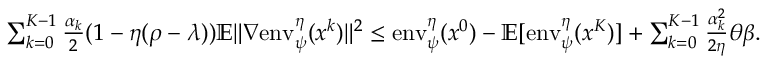
\begin{array} { r } { \sum _ { k = 0 } ^ { K - 1 } \frac { \alpha _ { k } } { 2 } ( 1 - \eta ( \rho - \lambda ) ) \mathbb { E } \| \nabla \mathrm { e n v } _ { \psi } ^ { \eta } ( x ^ { k } ) \| ^ { 2 } \leq \mathrm { e n v } _ { \psi } ^ { \eta } ( x ^ { 0 } ) - \mathbb { E } [ \mathrm { e n v } _ { \psi } ^ { \eta } ( x ^ { K } ) ] + \sum _ { k = 0 } ^ { K - 1 } \frac { \alpha _ { k } ^ { 2 } } { 2 \eta } \theta \beta . } \end{array}